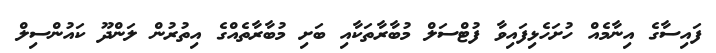
ފައިސާގެ އިނާމެއް ހުށަހެޅިފައިވާ ފުޓްސަލް މުބާރާތަކާއި ބަށި މުބާރާތެއްގެ އިތުރުން ލަންދޫ ކައުންސިލް